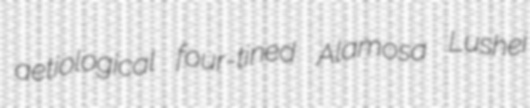
aetiological four-tined Alamosa Lushei